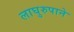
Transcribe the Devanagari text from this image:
लाघुरुपाने